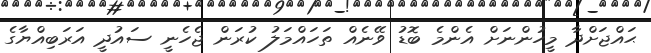
ޙައްޖަށްދާ މީހުންނަށް އެންމެ ބޮޑު ވޭނެއް ތަހަައްމަލު ކުރަން ޖެހެނީ ސައުދީ އަރަބިއްޔާގެ